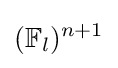
(\mathbb {F} _{l})^{n+1}